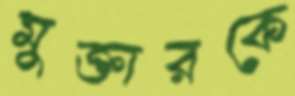
মুক্তারকে